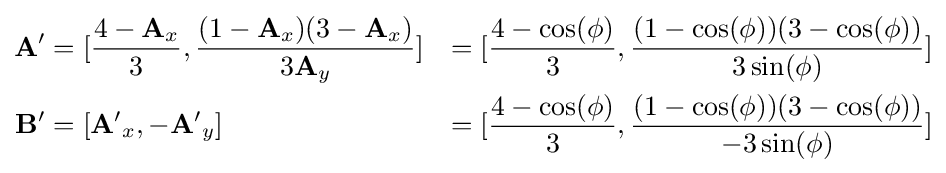
{\begin{aligned}\mathbf {A'} &=[{\frac {4-\mathbf {A} _{x}}{3}},{\frac {(1-\mathbf {A} _{x})(3-\mathbf {A} _{x})}{3\mathbf {A} _{y}}}]&=[{\frac {4-\cos(\phi )}{3}},{\frac {(1-\cos(\phi ))(3-\cos(\phi ))}{3\sin(\phi )}}]\\\mathbf {B'} &=[\mathbf {A'} _{x},-\mathbf {A'} _{y}]&=[{\frac {4-\cos(\phi )}{3}},{\frac {(1-\cos(\phi ))(3-\cos(\phi ))}{-3\sin(\phi )}}]\end{aligned}}